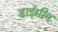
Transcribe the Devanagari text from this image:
डाईमीन